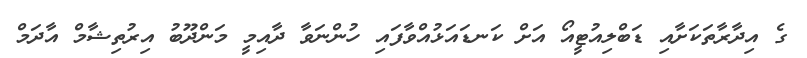
ގެ އިދާރާތަކަށާއި ޑަބްލިއުޓީއޯ އަށް ކަނޑައަޅުއްވާފައި ހުންނަވާ ދާއިމީ މަންދޫބު އިރުތިޝާމް އާދަމް